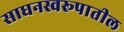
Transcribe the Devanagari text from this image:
साधनस्वरूपातील